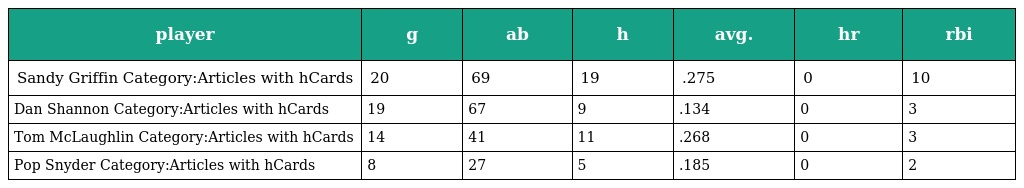
| player | g | ab | h | avg. | hr | rbi |
 | --- | --- | --- | --- | --- | --- | --- |
 | Sandy Griffin Category:Articles with hCards | 20 | 69 | 19 | .275 | 0 | 10 |
 | Dan Shannon Category:Articles with hCards | 19 | 67 | 9 | .134 | 0 | 3 |
 | Tom McLaughlin Category:Articles with hCards | 14 | 41 | 11 | .268 | 0 | 3 |
 | Pop Snyder Category:Articles with hCards | 8 | 27 | 5 | .185 | 0 | 2 |